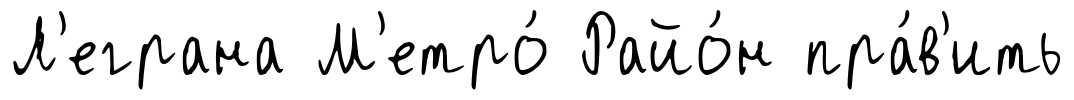
Л'еграна М'етро́ Райо́н пра́в'ить